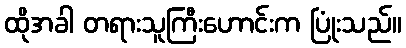
ထိုအခါ တရားသူကြီးဟောင်းက ပြုံးသည်။